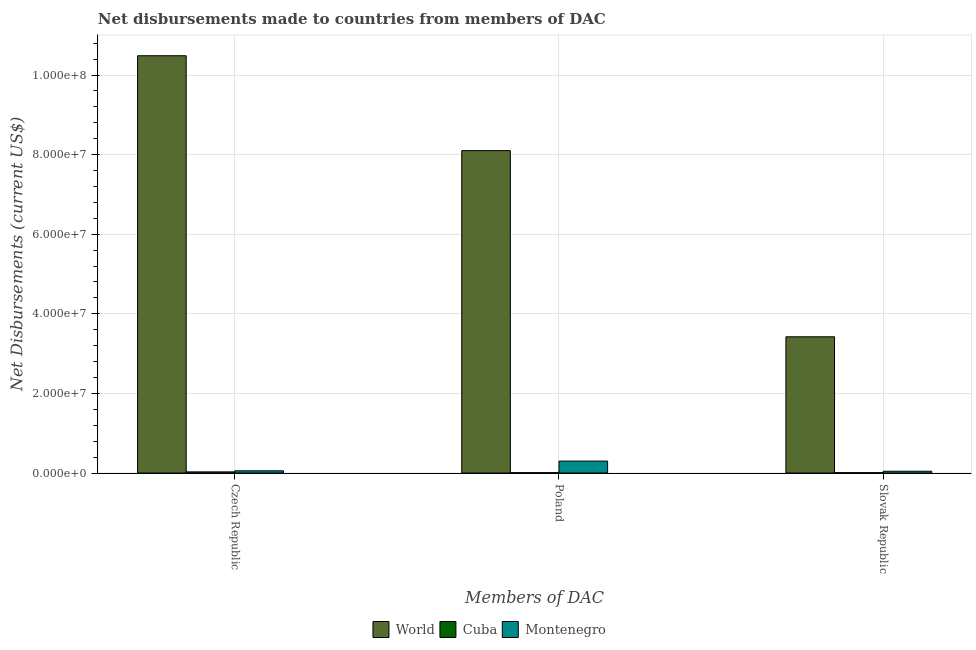
| Members of DAC | World | Cuba | Montenegro |
 | --- | --- | --- | --- |
 | Czech Republic | 1.05e+08 | 2.9e+05 | 5.6e+05 |
 | Poland | 8.1e+07 | 9e+04 | 3e+06 |
 | Slovak Republic | 3.42e+07 | 9e+04 | 4.5e+05 |